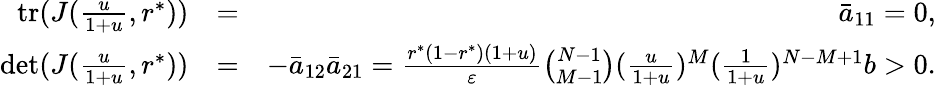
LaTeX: \begin{array}{rlr}{\mathrm{tr}(J(\frac{u}{1+u},r^{*}))}&{=}&{\bar{a}_{11}=0,}\\ {\mathrm{det}(J(\frac{u}{1+u},r^{*}))}&{=}&{-\bar{a}_{12}\bar{a}_{21}=\frac{r^{*}(1-r^{*})(1+u)}{\varepsilon}\binom{N-1}{M-1}(\frac{u}{1+u})^{M}(\frac{1}{1+u})^{N-M+1}b>0.}\end{array}